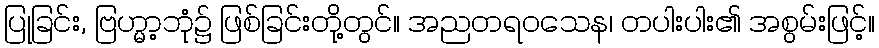
ပြုခြင်း, ဗြဟ္မာ့ဘုံ၌ ဖြစ်ခြင်းတို့တွင်။ အညတရဝသေန၊ တပါးပါး၏ အစွမ်းဖြင့်။